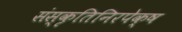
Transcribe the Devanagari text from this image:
संस्कृतिनिरपेक्ष